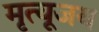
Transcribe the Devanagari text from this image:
मृत्यूजय